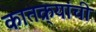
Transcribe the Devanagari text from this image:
कातक्र्‍यांची